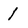
Character: 1